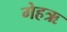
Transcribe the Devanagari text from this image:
गेहऋ